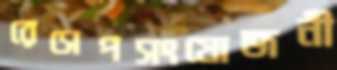
রেসেপসংযোজনী